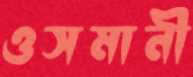
ওসমানী